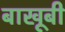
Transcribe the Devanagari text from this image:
बाखूबी